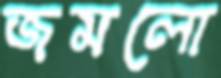
জমলো